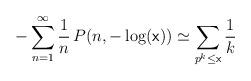
LaTeX: \begin{align*}-\sum_{n=1}^\infty\frac{1}{n}\,P(n,-\log( \mathrm{\mathsf{x}})) \simeq \sum_{p^k\leq \mathrm{\mathsf{x}}}\frac{1}{k}\end{align*}